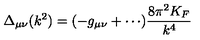
\Delta _ { \mu \nu } ( k ^ { 2 } ) = ( - g _ { \mu \nu } + \cdots ) \frac { 8 \pi ^ { 2 } K _ { F } } { k ^ { 4 } }